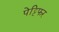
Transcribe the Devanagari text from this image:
पेट्टिफर